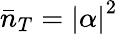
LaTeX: \bar{n}_{T}=\left\vert\alpha\right\vert^{2}